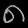
Digit: ၈